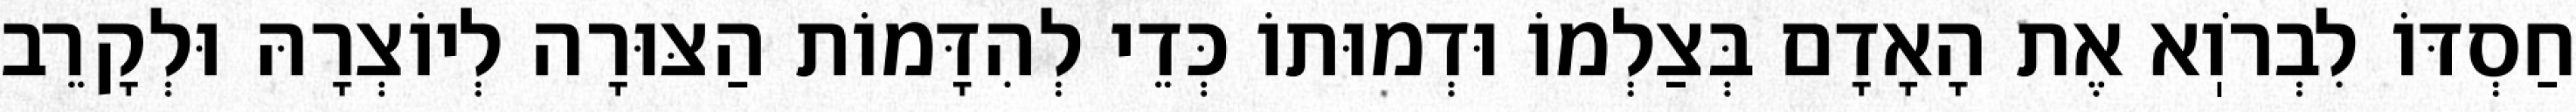
חַסְדּוֹ לִבְרֹוֽא אֶת הָאָדָם בְּצַלְמוֹ וּדְמוּתוֹ כְּדֵי לְהִדָּמוֹת הַצּוּרָה לְיוֹצְרָהּ וּלְקָרֵב